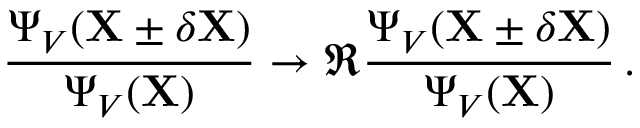
\frac { \Psi _ { V } ( \mathbf { X } \pm \delta \mathbf { X } ) } { \Psi _ { V } ( \mathbf { X } ) } \to \Re { \frac { \Psi _ { V } ( \mathbf { X } \pm \delta \mathbf { X } ) } { \Psi _ { V } ( \mathbf { X } ) } } \, .